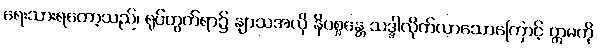
ရေးသားရတော့သည်၊ ရုပ်တွက်ရာ၌ နျာသအလို နိပစ္စန္တေ သဒ္ဒါလိုက်လာသောကြောင့် ဣမကို